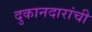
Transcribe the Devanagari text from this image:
दुकानदारांची